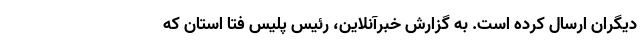
دیگران ارسال کرده است. به گزارش خبرآنلاین، رئیس پلیس فتا استان که